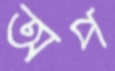
অপ